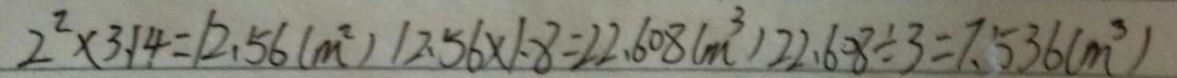
2 ^ { 2 } \times 3 . 1 4 = 1 2 . 5 6 ( m ^ { 2 } ) 1 2 . 5 6 \times 1 . 8 = 2 2 . 6 0 8 ( m ^ { 3 } ) 2 2 . 6 0 8 \div 3 = 7 . 5 3 6 ( m ^ { 3 } )